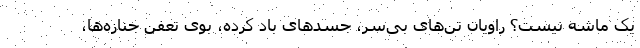
یک ماشه نیست؟ راویان تن‌های بی‌سر، جسدهای باد کرده، بوی تعفن جنازه‌ها،